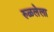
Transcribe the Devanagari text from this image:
रुळलेला